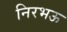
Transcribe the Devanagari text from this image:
निरभऊ